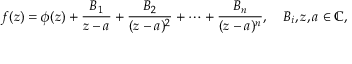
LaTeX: f ( z ) = \phi ( z ) + { \frac { B _ { 1 } } { z - a } } + { \frac { B _ { 2 } } { ( z - a ) ^ { 2 } } } + \cdots + { \frac { B _ { n } } { ( z - a ) ^ { n } } } , \quad B _ { i } , z , a \in \mathbb { C } ,